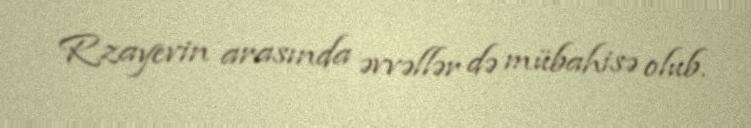
Rzayevin arasında əvvəllər də mübahisə olub.